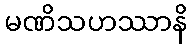
မဏိသဟဿာနိ